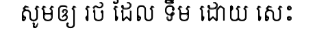
សូមឲ្យ រថ ដែល ទឹម ដោយ សេះ